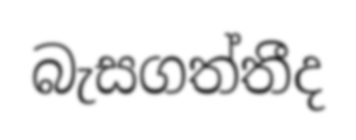
බැසගත්තීද